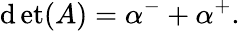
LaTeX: \operatorname*{\mathrm{d}et}(A)=\alpha^{-}+\alpha^{+}.